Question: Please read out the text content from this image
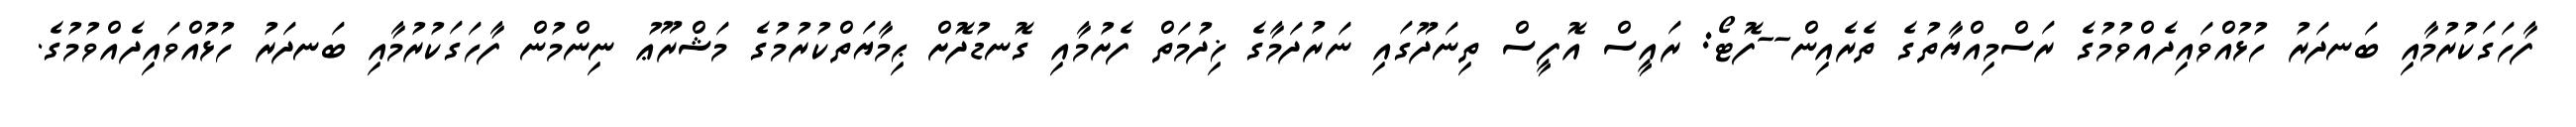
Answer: ފާހަގަކުރުމާއި ބަނދަރު ހުޅުއްވައިދެއްވުމުގެ ރަސްމިއްޔާތުގެ ތެރެއިން--ފޮޓޯ: ރައީސް އޮފީސް ތިނަދޫގައި ނަރުދަމާގެ ޚިދުމަތް ފެށުމާއި ގޮނޑުދޮށް ޙިމާޔަތްކުރުމުގެ މަޝްރޫޢު ނިންމުން ފާހަގަކުރުމާއި ބަނދަރު ހުޅުއްވައިދެއްވުމުގެ.